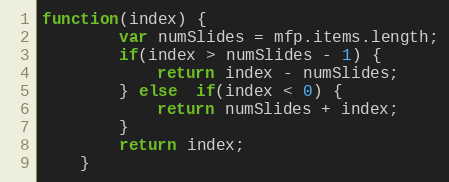
Language: JavaScript
function(index) {
		var numSlides = mfp.items.length;
		if(index > numSlides - 1) {
			return index - numSlides;
		} else  if(index < 0) {
			return numSlides + index;
		}
		return index;
	}